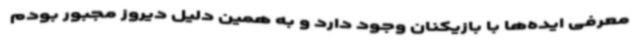
معرفی ایده‌ها با بازیکنان وجود دارد و به همین دلیل دیروز مجبور بودم